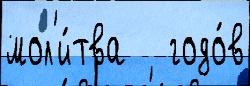
мол'и́тва   годо́в